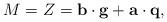
LaTeX: \begin{align*}M=Z= {\bf b} \cdot {\bf g} + {\bf a} \cdot {\bf q} ,\end{align*}